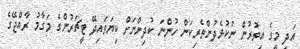
އަދި މީގެ އިތުރުން ނުކުޅެދުންތެރިކަން ހުންނަ ކުދިންނަށް ކިޔަވައިދޭ ޓީޗަރުންގެ މަގާމު ރާއްޖޭގެ